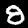
Digit: 8